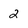
Character: 2